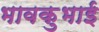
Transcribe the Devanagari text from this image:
भावकुभाई